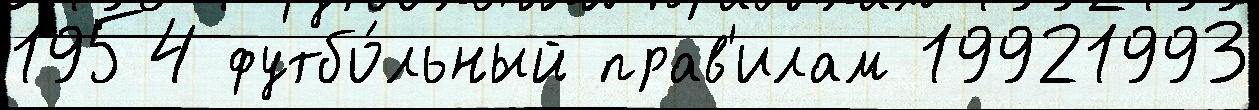
1954 футбо́льный прав'илам 19921993